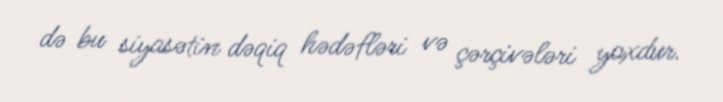
də bu siyasətin dəqiq hədəfləri və çərçivələri yoxdur.